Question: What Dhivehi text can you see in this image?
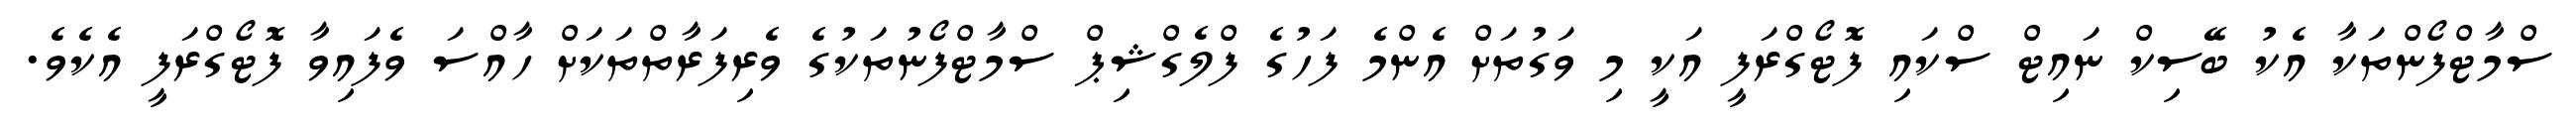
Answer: ސްމާޓްފޯންތަކާ އެކު ބޭސިކް ނައިޓް ސްކައި ފޮޓޯގްރަފީ އަކީ މި ވަގުތަށް އެންމެ ފަހުގެ ފްލެގްޝިޕް ސްމާޓްފޯނުތަކުގެ ވެރިފަރާތްތަކަށް ހާއްސަ ވެފައިވާ ފޮޓޯގްރަފީ އެކެވެ.